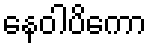
နေဝါပိကော